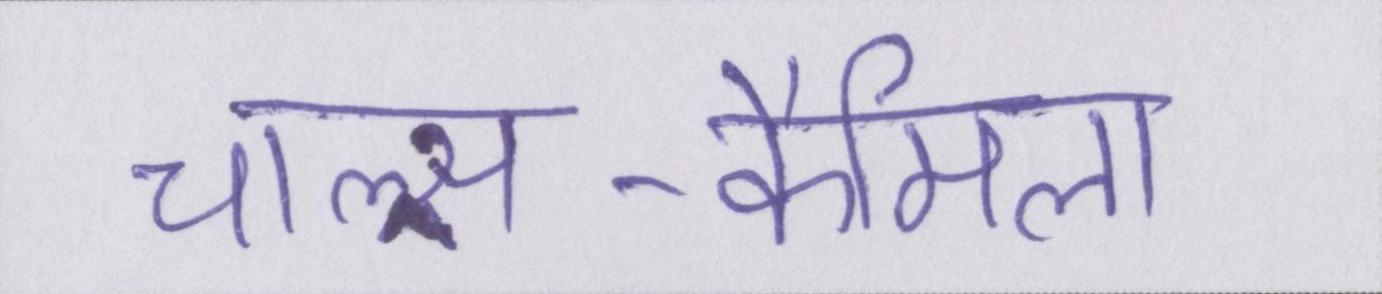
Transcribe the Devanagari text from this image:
चाल्र्स-कैमिला